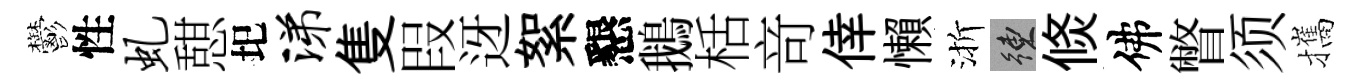
鬱性虬憇圯涕隻叚迓絮懇鵝栝竒倖懶渐練倐佛瞥须攜